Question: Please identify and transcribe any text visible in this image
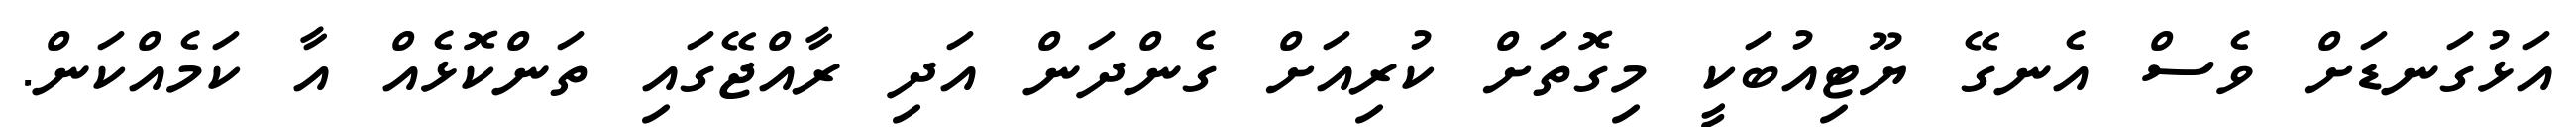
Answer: އަޅުގަނޑަށް ވެސް އެނގޭ ޔޫޓިއުބަކީ މިގޮތަށް ކުރިއަށް ގެންދަން އަދި ރާއްޖޭގައި ތަންކޮޅެއް އާ ކަމެއްކަން.